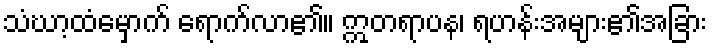
သံဃာ့ထံမှောက် ရောက်လာ၏။ ဣတရာပန၊ ရဟန်းအများ၏အခြား